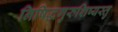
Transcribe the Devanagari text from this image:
निषिद्धगुरुशिष्यस्तु